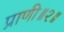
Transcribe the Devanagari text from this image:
प्राणी॥२॥